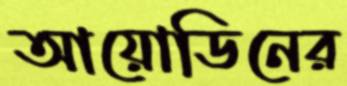
আয়োডিনের